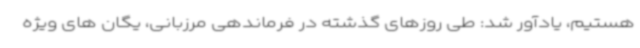
هستیم، یادآور شد: طی روزهای گذشته در فرماندهی مرزبانی، یگان های ویژه